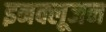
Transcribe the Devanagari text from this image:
इनक्लूजन